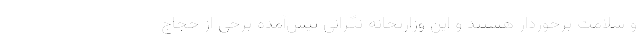
و سلامت برخوردار هستند و این وزارتخانه نگرانی پیش‌آمده برخی از حجاج